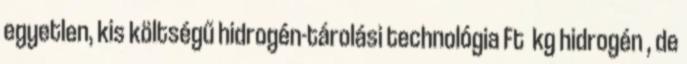
egyetlen, kis költségű hidrogén-tárolási technológia Ft kg hidrogén , de